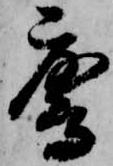
鷹